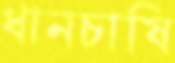
ধানচাষি